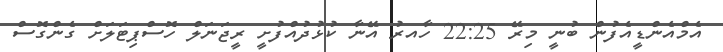
އެމްއެންޑީއެފުން ބުނީ މިރޭ 22:25 ހާއރު އޭނާ ކުޅުދުއްފުށީ ރީޖަނަލް ހޮސްޕިޓަލަށް ގެންގޮސް